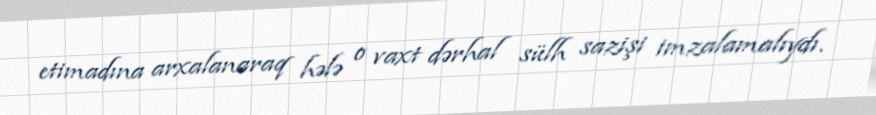
etimadına arxalanaraq hələ o vaxt dərhal sülh sazişi imzalamalıydı.